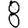
Digit: 8